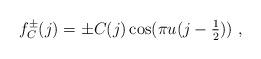
LaTeX: \begin{align*}f^{\pm}_C (j) = \pm C (j) \cos (\pi u ( j - \textstyle \frac{1}{2})) ~,\end{align*}